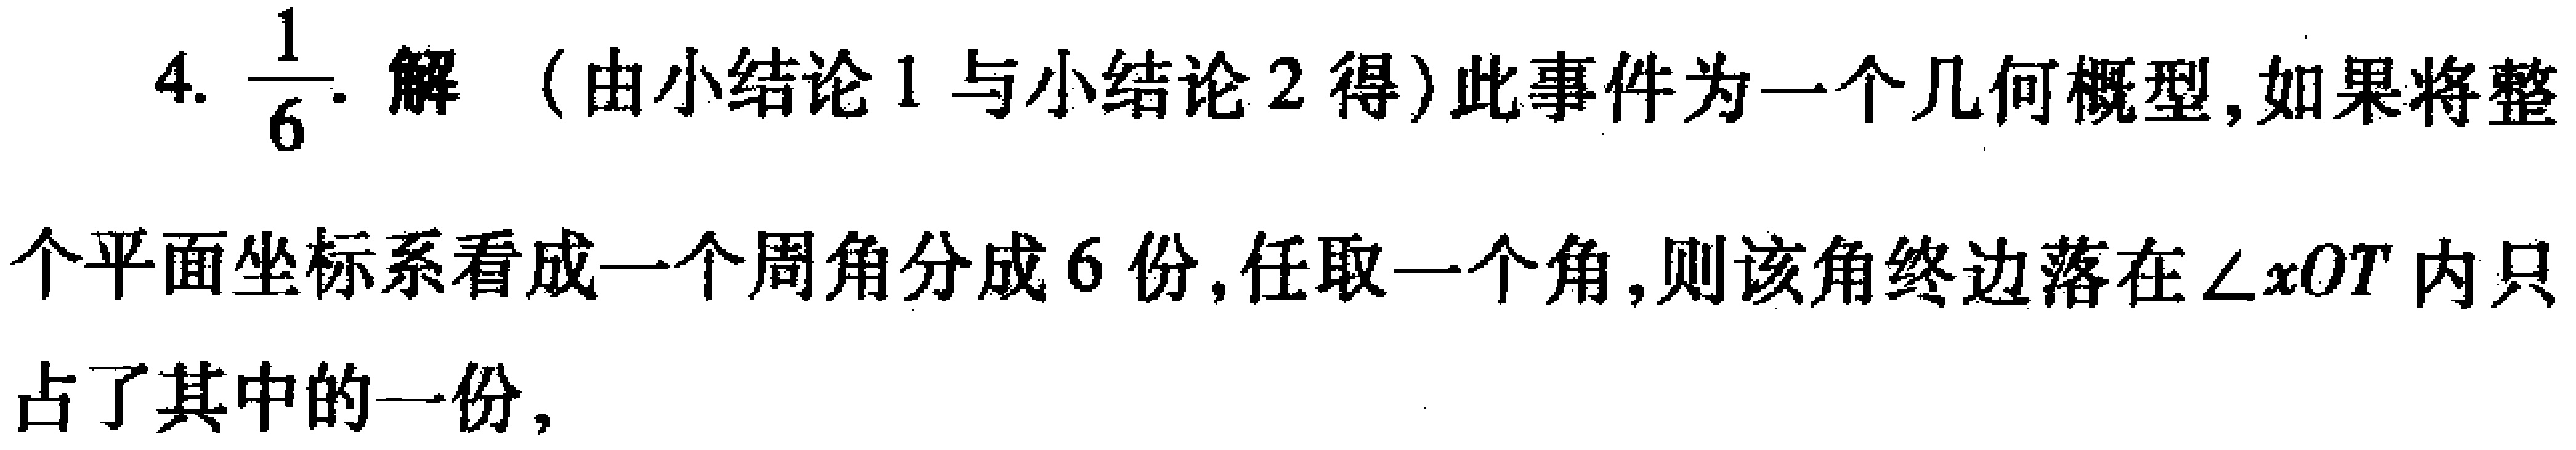
4. $\dfrac{1}{6}$. 解（由小结论1与小结论2得）此事件为一个几何概型,如果将整个平面坐标系看成一个周角分成6份,任取一个角,则该角终边落在$\angle xOy$内只占了其中的一份,